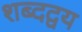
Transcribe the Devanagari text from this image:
शब्दद्वय